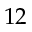
1 2